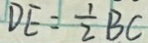
D E = \frac { 1 } { 2 } B C